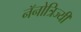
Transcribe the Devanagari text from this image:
नॅनोत्रिज्यी